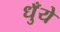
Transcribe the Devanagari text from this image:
धुँये